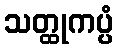
သတ္ထုကပ္ပံ